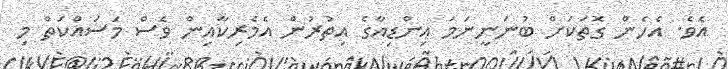
އެވެ. އެހެން ގޮތަކަށް ބުނަނީނަމަ އިންޑިއާގެ އިތުރުން އެމެރިކާއިން ވެސް މަސައްކަތް މި